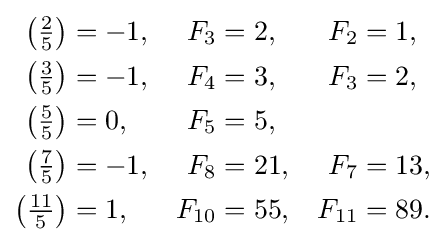
{\begin{aligned}\left({\tfrac {2}{5}}\right)&=-1,&F_{3}&=2,&F_{2}&=1,\\\left({\tfrac {3}{5}}\right)&=-1,&F_{4}&=3,&F_{3}&=2,\\\left({\tfrac {5}{5}}\right)&=0,&F_{5}&=5,&&\\\left({\tfrac {7}{5}}\right)&=-1,&F_{8}&=21,&F_{7}&=13,\\\left({\tfrac {11}{5}}\right)&=1,&F_{10}&=55,&F_{11}&=89.\end{aligned}}